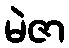
မဲဇာ